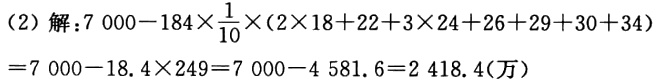
（2）解：\(7000 - 184\times\frac{1}{10}\times(2\times18 + 22 + 3\times24 + 26 + 29 + 30 + 34)\)
\(= 7000 - 18.4\times249 = 7000 - 4581.6 = 2418.4(\text{万})\)